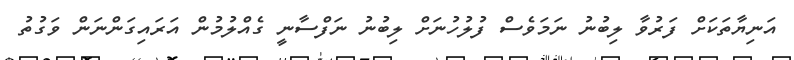
އަނިޔާތަކަށް ފަރުވާ ލިބުނު ނަމަވެސް ފުލުހުނަށް ލިބުނު ނަފްސާނީ ގެއްލުމުން އަރައިގަންނަން ވަގުތު